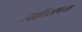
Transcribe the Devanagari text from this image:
त्याठिकाणच्या